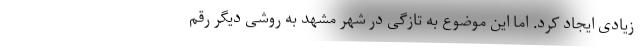
زیادی ایجاد کرد. اما این موضوع به تازگی در شهر مشهد به روشی دیگر رقم